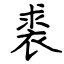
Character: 裘